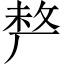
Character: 𠩺